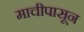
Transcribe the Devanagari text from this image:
माचीपासून